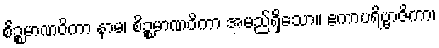
စိဉ္စမာဏဝိကာ နာမ၊ စိဉ္စမာဏဝိကာ အမည်ရှိသော။ ဧကာပရိဗ္ဗာဇိကာ၊